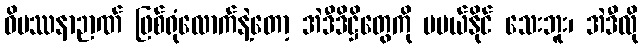
ဝိပဿနာဉာဏ် ဖြစ်ရုံလောက်နဲ့တော့ အဲဒီဒိဋ္ဌိတွေကို မပယ်နိုင် သေးဘူး၊ အဲဒီလို